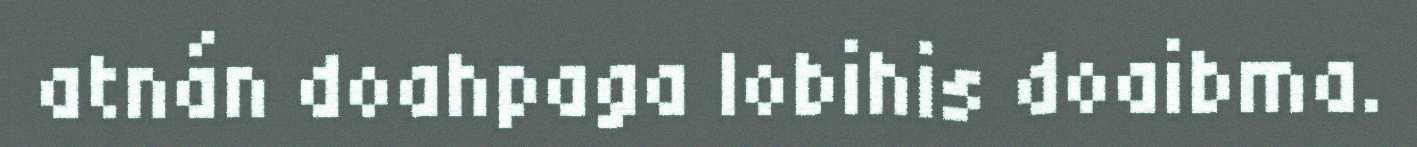
atnán doahpaga lobihis doaibma.